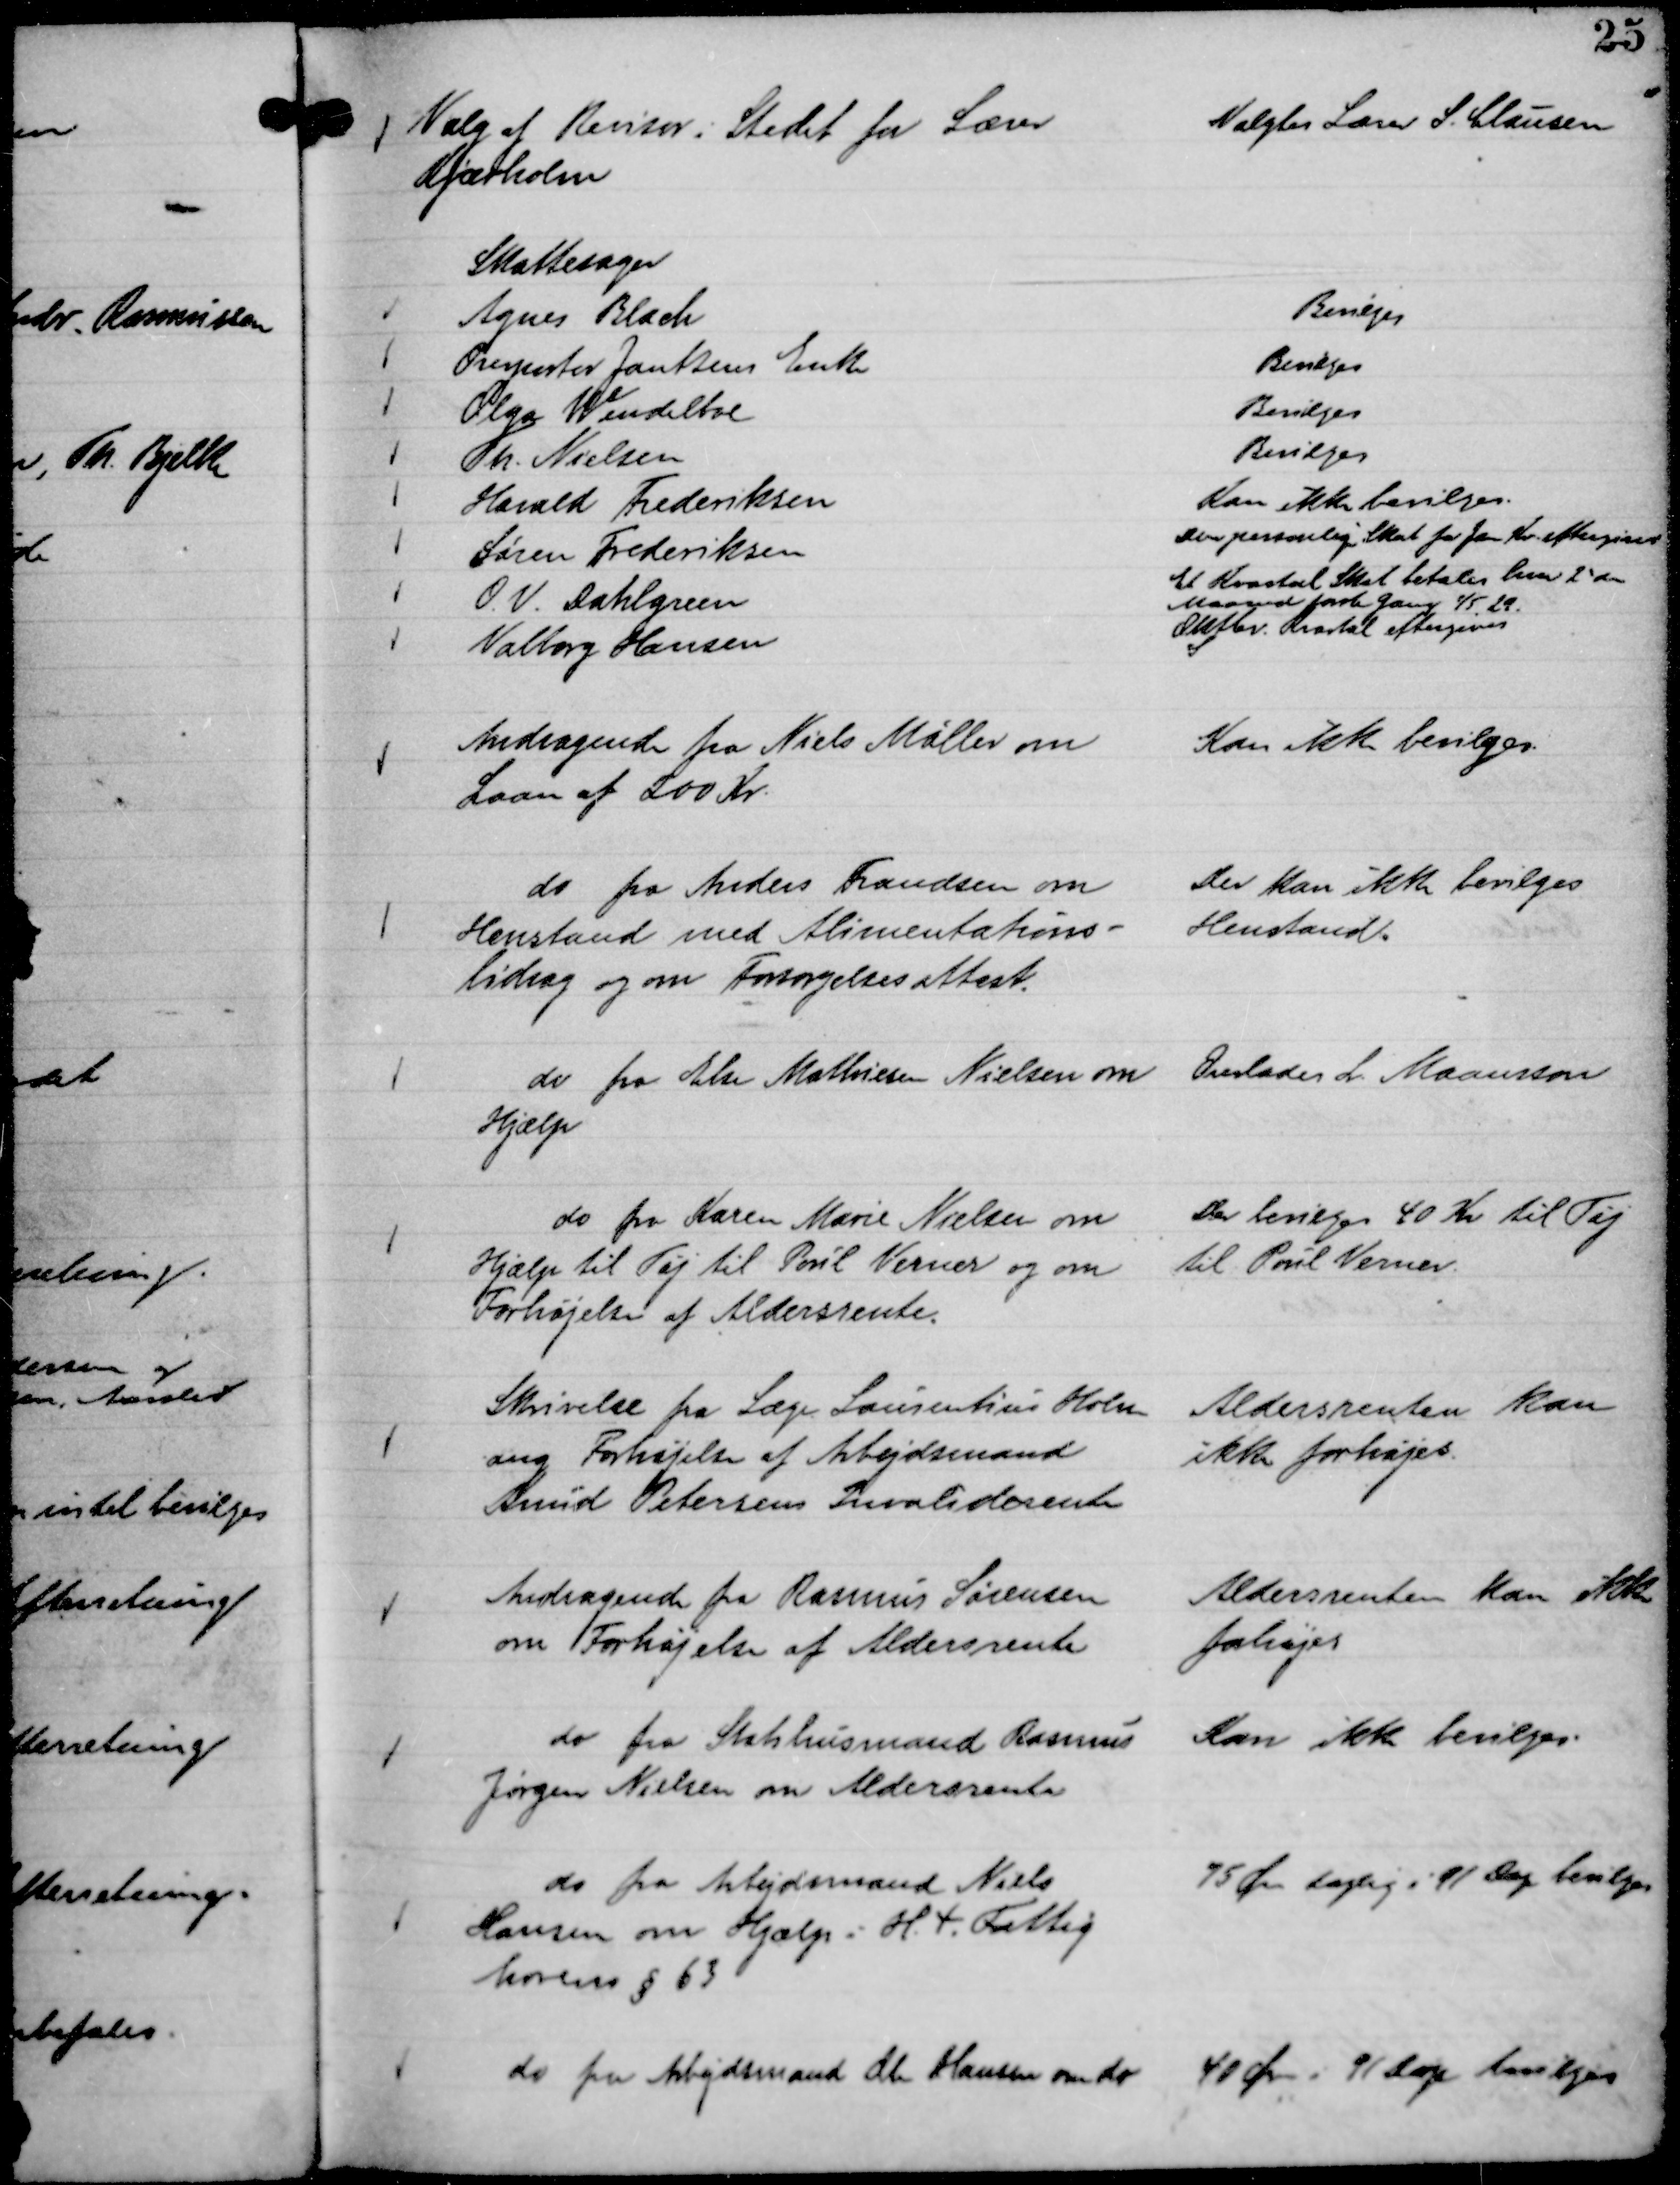
Transskription:
Valg af Revisor i Stedet for Lærer
Kjærholm

Valgtes Lærer S. Clausen

Skattesager
Agnes Blach
Bevilges
Overportør Jantzens Enke
Bevilges
Olga Wendelboe
Bevilges
Th. Nielsen
Bevilges
Harald Frederiksen
Kan ikke bevilges.
Søren Frederiksen
Den personlige Skat for Jan Kv. eftergives
O. V. Dahlgreen
Et Kvartal Skat betales hver 2' de
Maaned første Gang 1/5. 29.
Valborg Hansen
Oktbr. Kvartal eftergives

Andragende fra Niels Møller om
Laan af 200 Kr.

Kan ikke bevilges.

do fra Anders Frandsen om
Henstand med Alimentations-
bidrag og om Forsørgelsesattest.

Der kan ikke bevilges
Henstand.

do fra Else Mathiesen Nielsen om
Hjælp

Overlades L. Maansson

do fra Karen Marie Nielsen om
Hjælp til Tøj til Poul Verner og om
Forhøjelse af Aldersrente.

Der bevilges 40 Kr til Tøj
til Poul Verner.

Skrivelse fra Læge Laurentius Holm
ang Forhøjelse af Arbejdsmand
Knud Petersens Invaliderente

Aldersrenten kan
ikke forhøjes.

Andragende fra Rasmus Sørensen
om Forhøjelse af Aldersrente

Aldersrenten kan ikke
forhøjes

do fra Statshusmand Rasmus
Jørgen Nielsen om Aldersrente

Kan ikke bevilges.

do fra Arbejdsmand Niels
Hansen om Hjælp i H. t. Fattig
lovens § 63

75 Øre daglig i 91 Dage bevilges

do fra Arbejdsmand Ole Hansen om do

40 Øre 91 Dage bevilges